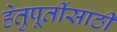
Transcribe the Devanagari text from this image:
हेतुपूर्तीसाठी